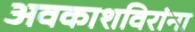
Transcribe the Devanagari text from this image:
अवकाशविरांना